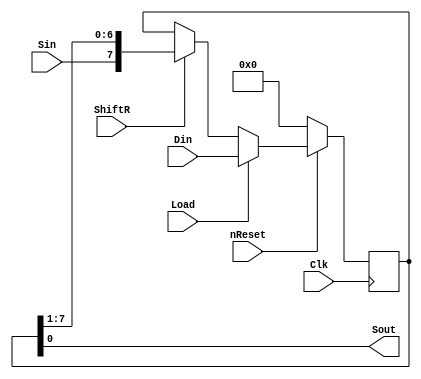
module shift_register (Clk,nReset,Load,ShiftR,Sin,Din,Sout);
    input wire Clk;
    input wire nReset;
    input wire Load;
    input wire ShiftR;
    input wire Sin;
    input wire [7:0] Din;
    output wire Sout;

    reg [7:0] shift_reg;

    always @(posedge Clk ) begin
        if (~nReset)
            shift_reg <= 8'b0;
        else if (Load)
            shift_reg <= Din;
        else if (ShiftR)
            shift_reg <= {Sin, shift_reg[7:1]};
    end

    assign Sout = shift_reg[0];
endmodule


module test_shift_register;
    reg Clk;
    reg nReset;
    reg Load;
    reg ShiftR;
    reg Sin;
    reg [7:0] Din;
    wire Sout;

    // Instantiate the shift register
    shift_register u1 (
        .Clk(Clk),
        .nReset(nReset),
        .Load(Load),
        .ShiftR(ShiftR),
        .Sin(Sin),
        .Din(Din),
        .Sout(Sout)
    );

    // Clock generator
    always begin
        #5 Clk = ~Clk;
    end

    // Stimulus generator
    initial begin
	$dumpfile("seq1.vcd");
		$dumpvars;
        Clk = 0;
        nReset = 0; Load = 0; ShiftR = 0; Sin = 0; Din = 0;
        #10;
        nReset = 1;
        #10;
        Load = 1; Din = 8'b10101010;
        #10;
        Load = 0; ShiftR = 1; Sin = 1;
		#5
		Sin =0;
		#5 
		Sin = 1;
		#5
		nReset =0;
		Load=1;
		
        #50;
        $finish;
    end
endmodule